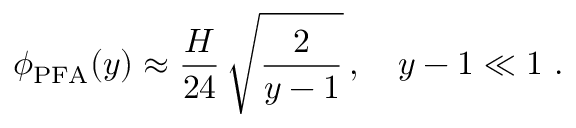
\phi _ { \mathrm { P F A } } ( y ) \approx \frac { H } { 2 4 } \, \sqrt { \frac 2 { y - 1 } } \, , \quad y - 1 \ll 1 ~ .